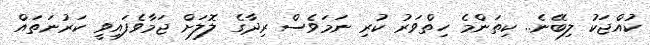
ކުއްޖަކު ލިބޭނެ.. ކިތަންމެ ހިތްވަރު ކުރި ނަމަވެސް ރިދާގެ ލޮލަށް ޖަމާވެފައިވީ ކަރުނަތައް